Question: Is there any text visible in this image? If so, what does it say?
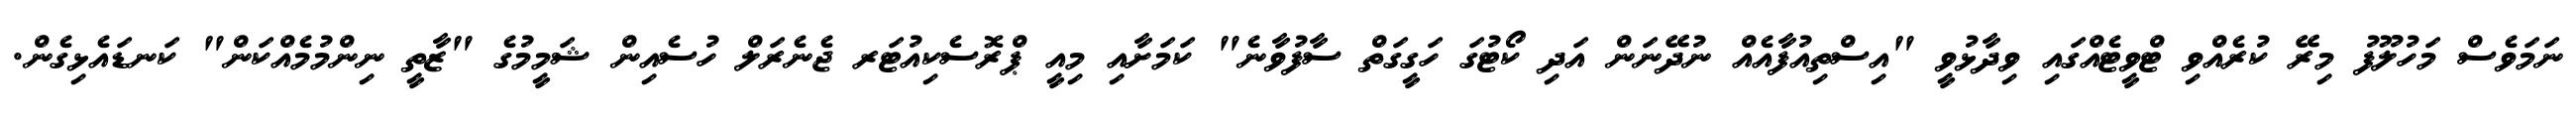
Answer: ނަމަވެސް މަހުލޫފު މިރޭ ކުރެއްވި ޓްވީޓެއްގައި ވިދާޅުވީ "އިސްތިއުފާއެއް ނުދޭނަން އަދި ކޯޓުގަ ހަގީގަތް ސާފުވާނެ" ކަމަށާއި މިއީ ޕްރޮސެކިއުޓަރ ޖެނެރަލް ހުސެއިން ޝަމީމުގެ "ޒާތީ ނިންމުމެއްކަން" ކަނޑައެޅިގެން.